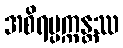
အစိရပ္ပက္ကန္တဿ